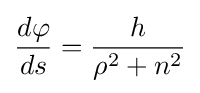
{\frac {d\varphi }{ds}}={\frac {h}{\rho ^{2}+n^{2}}}